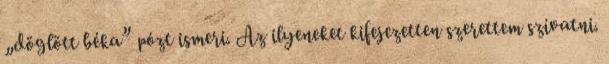
„döglött béka” pózt ismeri. Az ilyeneket kifejezetten szerettem szívatni.